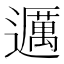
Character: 𬩤